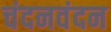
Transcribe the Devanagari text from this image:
चंदनवंदन